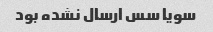
سویا سس ارسال نشده بود